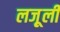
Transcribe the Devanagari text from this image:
लजू़ली